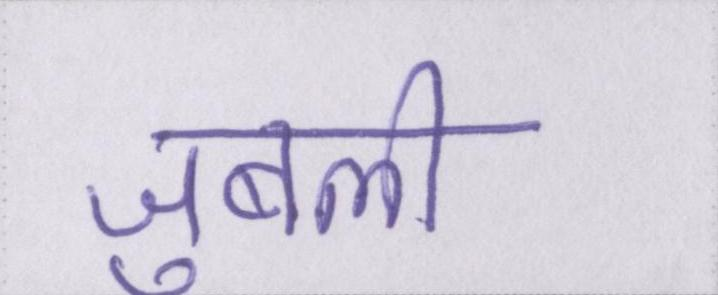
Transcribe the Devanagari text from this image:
जुबली